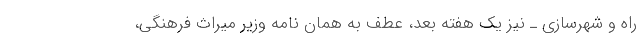
راه و شهرسازی ـ نیز یک هفته بعد، عطف به همان نامه وزیر میراث فرهنگی،